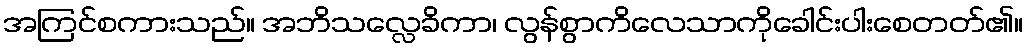
အကြင်စကားသည်။ အဘိသလ္လေခိကာ၊ လွန်စွာကိလေသာကိုခေါင်းပါးစေတတ်၏။